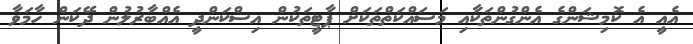
އެއީ އެ ކޮމިޝަންގެ އެންގުންތަކާއި މަސައްކަތްތަކަށް ޕާޓީތަކުން އިސްކަންދީ އެއްބާރުލުން ދޭކަން ހާމަވާ